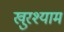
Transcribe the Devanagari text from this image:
खुरश्याम